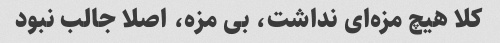
کلا هیچ مزه‌ای نداشت، بی مزه، اصلا جالب نبود